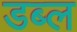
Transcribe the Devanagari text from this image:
डब्ल